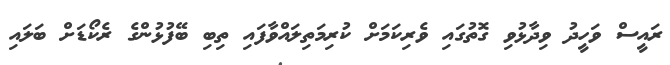
ރައީސް ވަހީދު ވިދާޅުވި ގޮތުގައި ވެރިކަމަށް ކުރިމަތިލައްވާފައި ތިބި ބޭފުޅުންގެ ރެކޯޑަށް ބަލައި